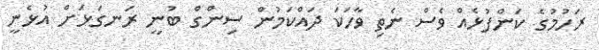
ރަހުމުގެ ކަންފުޅެއް ވެސް ނެތި ވާހަަކަ ދައްކަމުން ސިންގް ބުނީ ރަނގަޅަށް އުޅެނީ